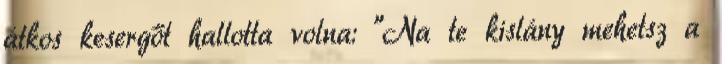
átkos kesergőt hallotta volna: "Na te kislány mehetsz a